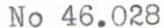
No 46.028